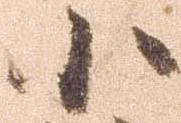
小